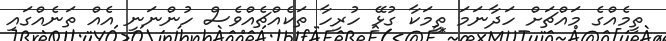
ތީމެއްގެ މައްޗަށް ހަދާނަމަ ތީމަކާ ގުޅޭ ހުރިހާ ތަކެއްޗެއްވެސް ހުންނަނީ އެއް ތަނެއްގައި